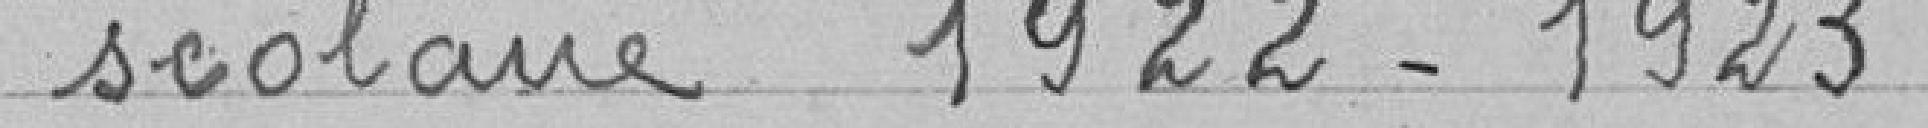
scolaire 1922-1923